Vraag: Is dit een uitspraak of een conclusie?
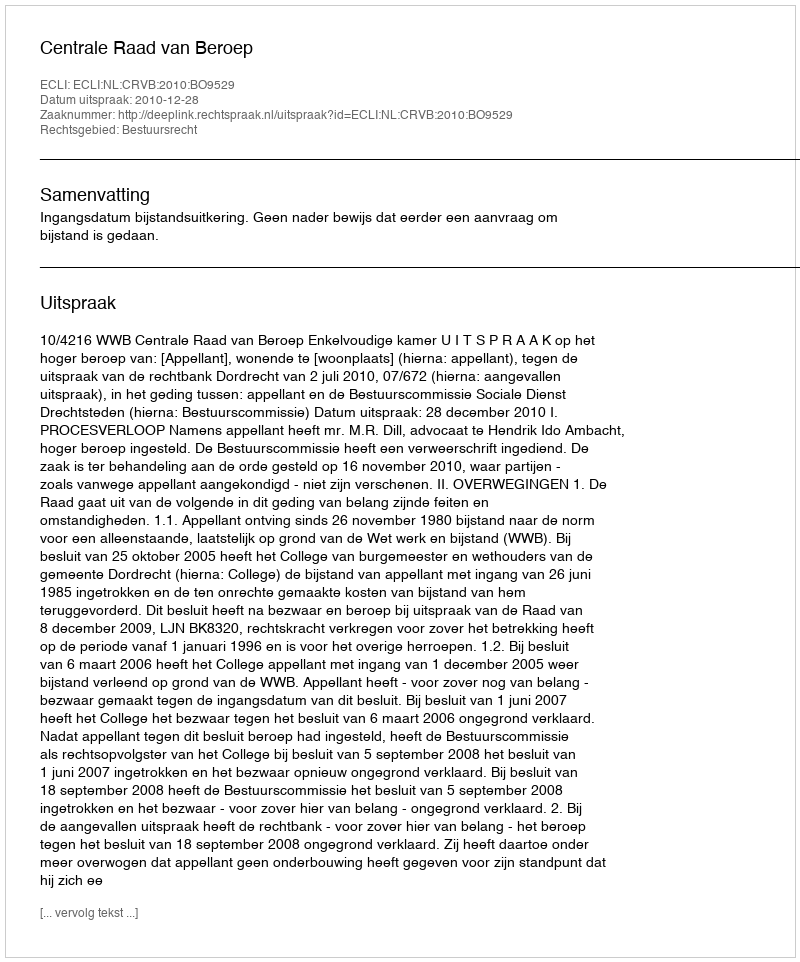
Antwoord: Uitspraak